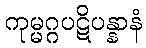
ကုမ္မဂ္ဂပဋိပန္နာနံ